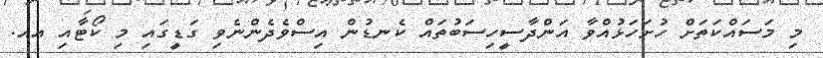
މި މަސައްކަތަށް ހުށަހަޅުއްވާ އަންދާސީހިސަބުތައް ކެނޑުން އިސްވެދެންނެވި ގަޑީގައި މި ކޯޓާއި އއ.